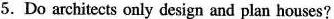
5. Do architects only design and plan houses?